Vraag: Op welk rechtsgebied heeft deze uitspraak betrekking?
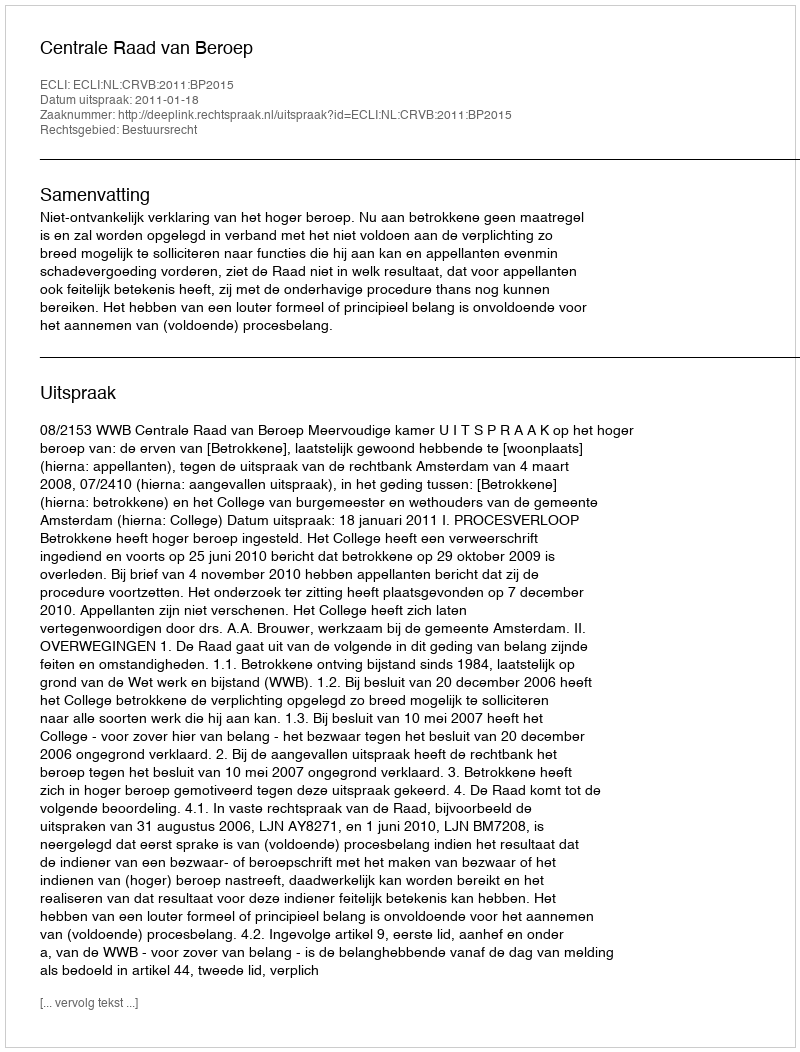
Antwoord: Bestuursrecht